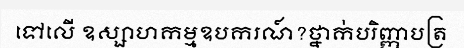
ទៅលើ ឧស្សាហកម្មឧបករណ៍?ថ្នាក់បរិញ្ញាបត្រ